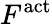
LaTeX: F^{\mathrm{act}}